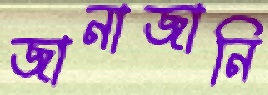
জানাজানি